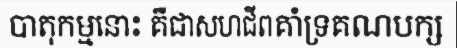
បាតុកម្មនោះ គឺជាសហជីពគាំទ្រគណបក្ស